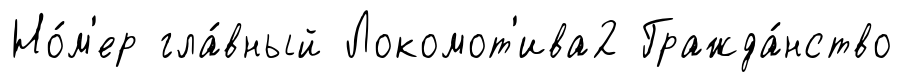
Но́м'ер гла́вный Локомот'ива2 Гражда́нство